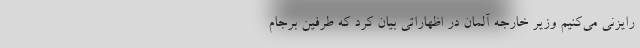
رایزنی می‌کنیم وزیر خارجه آلمان در اظهاراتی بیان کرد که طرفین برجام